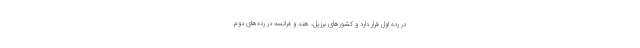
در رده اول قرار دارد و کشورهای برزیل، هند و فرانسه در رده‌های دوم